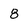
Character: 8